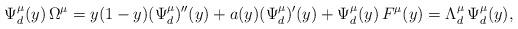
LaTeX: \begin{align*} \Psi^{\mu}_d(y) \, \Omega^{\mu} = y(1-y)(\Psi^{\mu}_d)''(y) + a(y)(\Psi^{\mu}_d)'(y) + \Psi^{\mu}_d(y)\, F^{\mu}(y)= \Lambda^{\mu}_d \,\Psi^{\mu}_d(y), \end{align*}